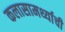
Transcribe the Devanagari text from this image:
कलासामर्थ्याची